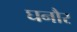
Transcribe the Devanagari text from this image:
घनौर